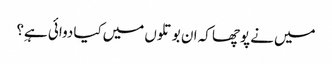
میں‌نے پوچھا کہ ان بوتلوں میں‌کیا دوائی ہےِ؟